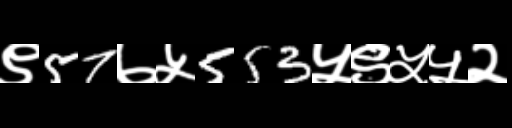
Text: ९57७५553५९५५२